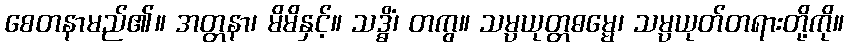
စေတနာမည်၏။ အတ္တနာ၊ မိမိနှင့်။ သဒ္ဓိံ၊ တကွ။ သမ္ပယုတ္တဓမ္မေ၊ သမ္ပယုတ်တရားတို့ကို။